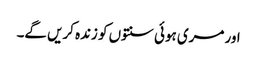
اور مری ہوئی سنتوں کو زندہ کریں گے۔